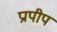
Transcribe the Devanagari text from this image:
प्रापीप